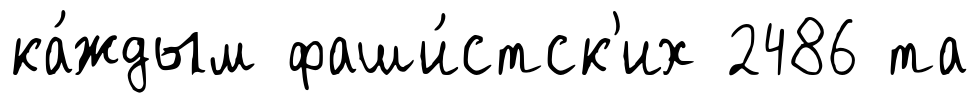
ка́ждым фаши́стск'их 2486 та